Eestimaa_Kommunistliku_Partei_Keskkomitee, lk 76
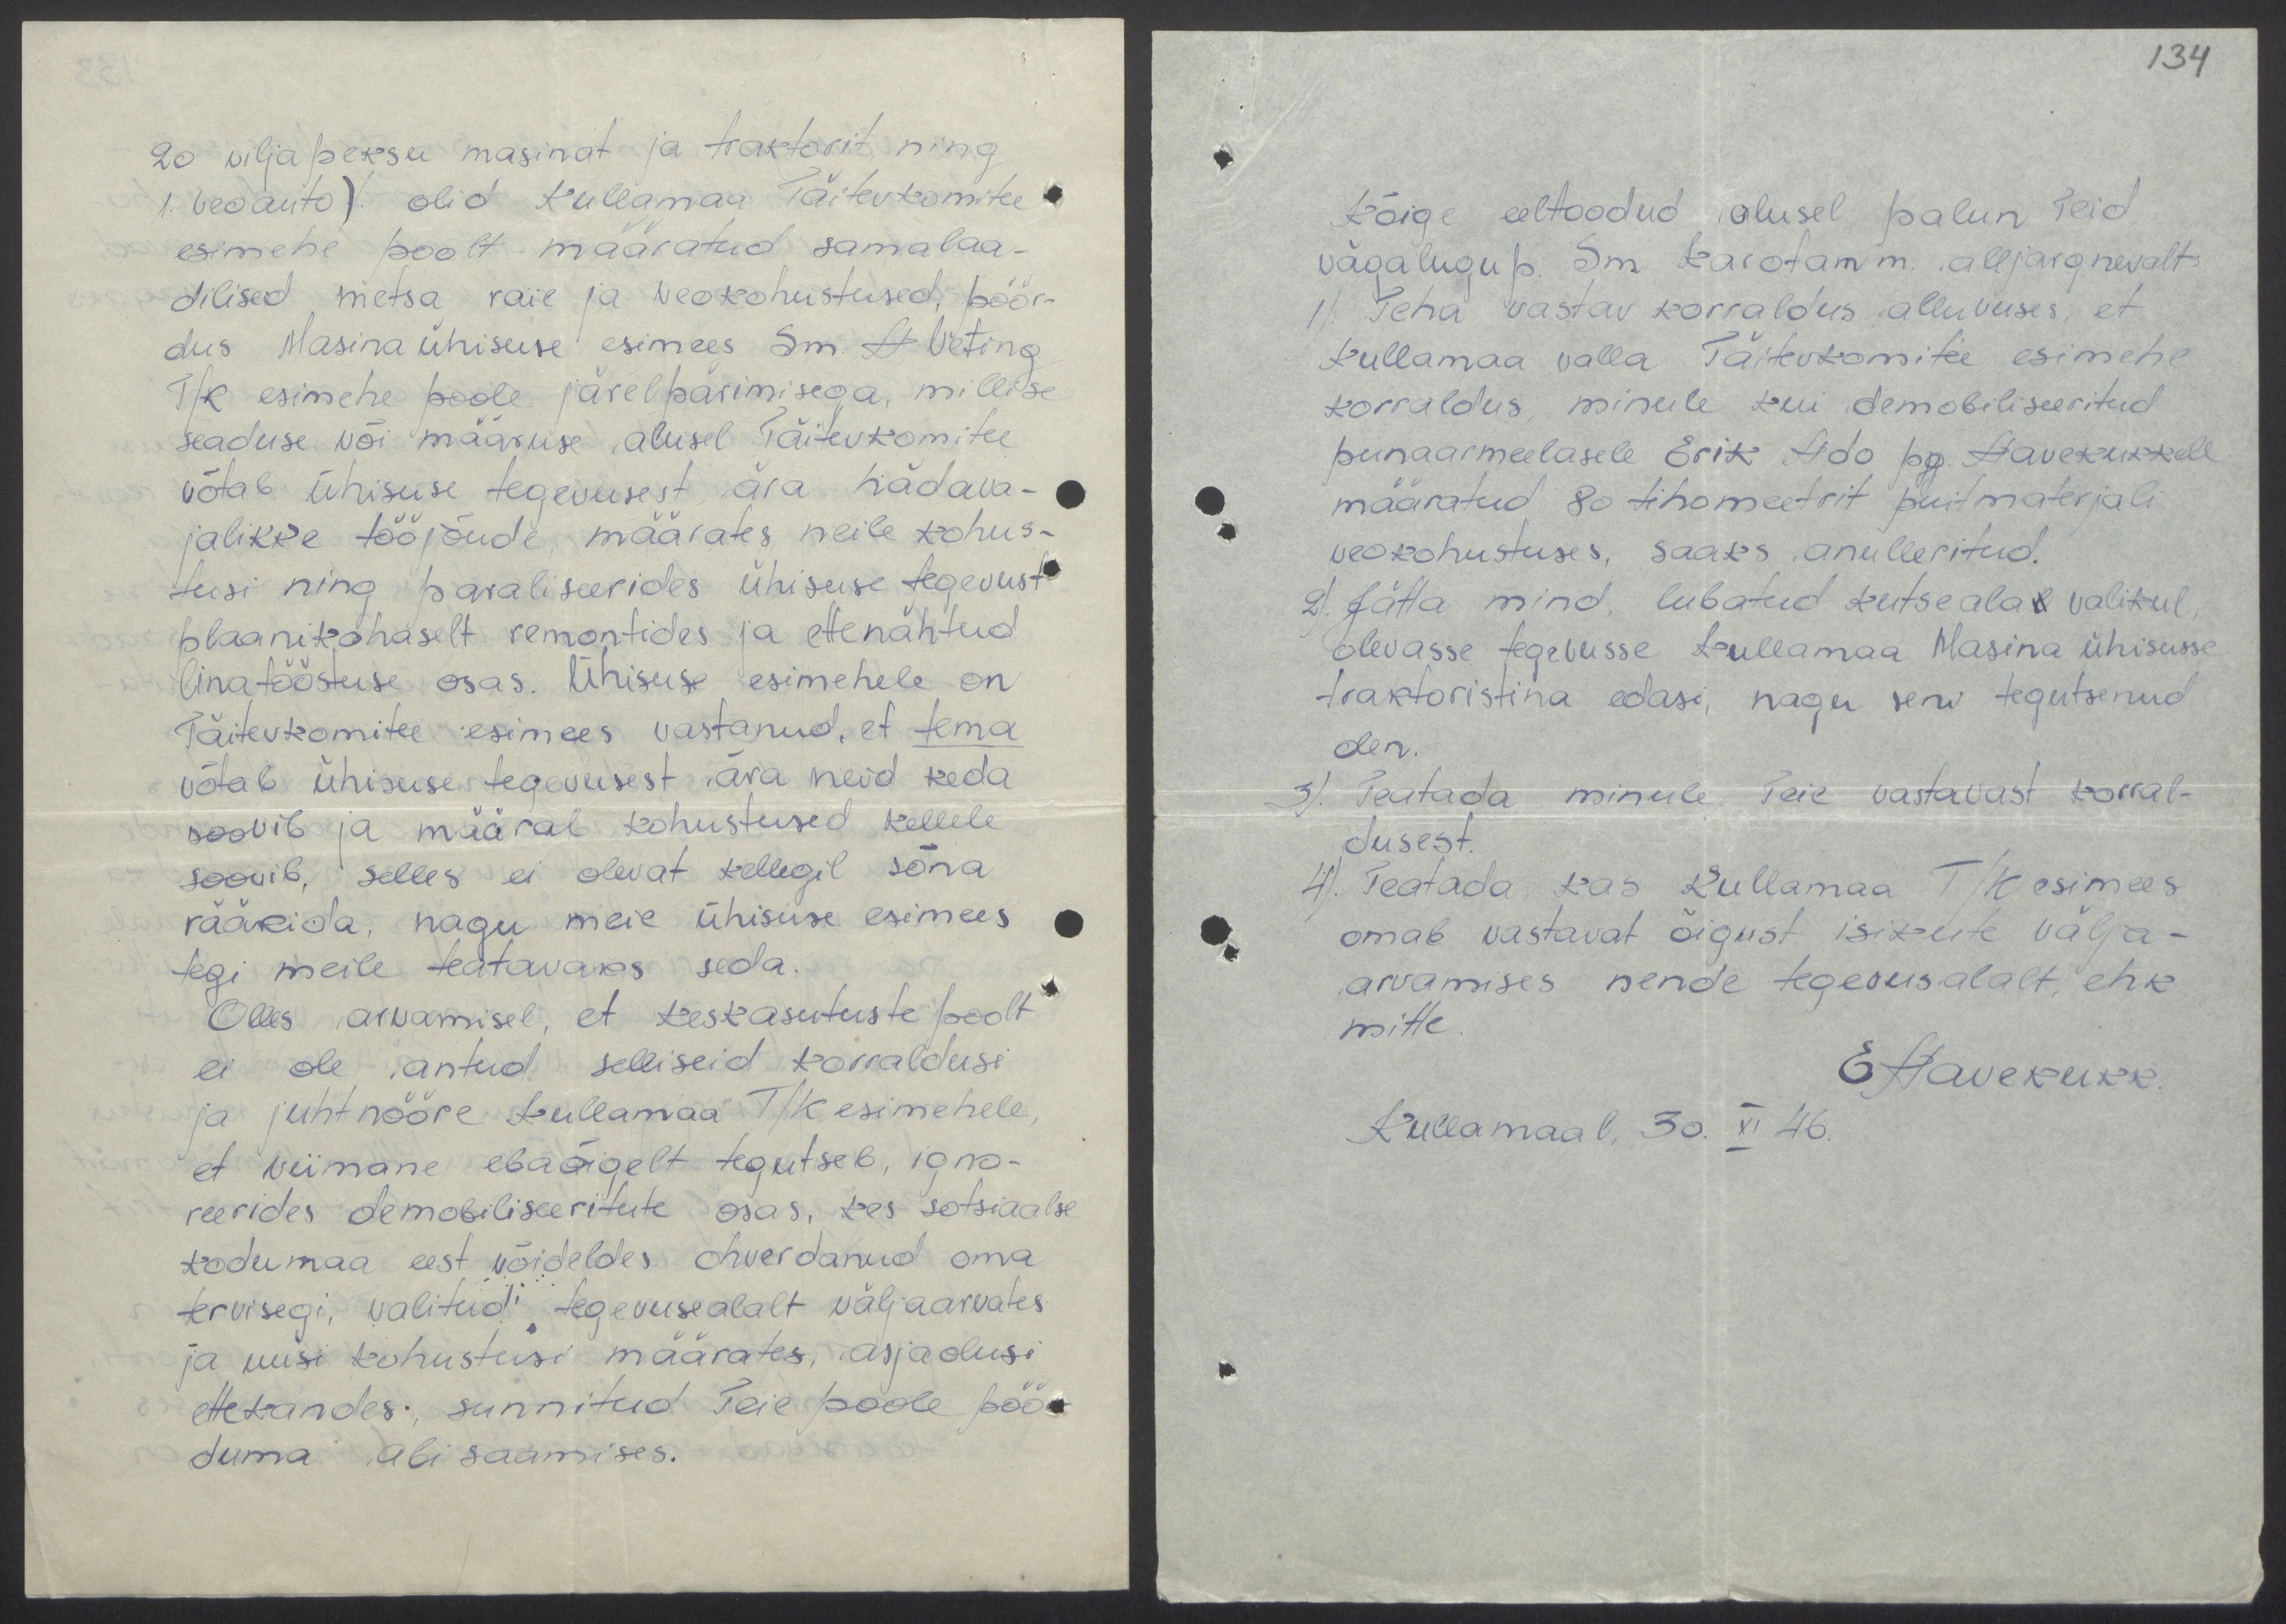
134

20 viljapeksu masinat ja traktorit ning
1. veoauto) olid Kullamaa Täitevkomitee
esimehe poolt määratud samalaa-
dilised metsa raie ja veokohustused, pöör-
dus Masina ühisuse esimees Sm. H Veting
T/k esimehe poole järelpärimisega, millise
seaduse või määruse alusel Täitevkomitee
võtab ühisuse tegevusest ära hädava-
jalikke tööjõude, määrates neile kohus-
tusi ning paraliseerides ühisuse tegevust
plaanikohaselt remontides ja ettenähtud
linatööstuse osas. Ühisuse esimehele on
Täitevkomitee esimees vastanud, et tema
võtab ühisuse tegevusest ära neid keda
soovib ja määrab kohustused kellele
soovib, selles ei olevat kellegil sõna
rääkida, nagu meie ühisuse esimees
tegi meile teatavaks seda.
Olles arvamisel, et keskasutuste poolt
ei ole antud selliseid korraldusi
ja juhtnööre Kullamaa T/K esimehele,
et viimane ebaõigelt tegutseb, igno-
reerides demobiliseeritute osas, kes sotsiaalse
kodumaa eest võideldes ohverdanud oma
tervisegi, valitud tegevusealalt väljaarvates
ja uusi kohustusi määrates, asjaolusi
ettekandes, sunnitud Teie poole pöör-
tuma abi saamises.

Kõige eeltoodud alusel palun Teid,
vägalugup. Sm Karotamm. alljärgnevalt
1) Teha vastav korraldus alluvuses, et
Kullamaa valla Täitevkomite esimehe
korraldus, minule kui demobiliseeritud
punaameelasele Erik Ado pg. Aavekukkele
määratud 80 tihomeetrit puitmaterjali
veokohustuses, saaks anulleritud.
2). Jätta mind, lubatud kutsealal valikul
olevasse tegevusse Kullamaa Masina Ühisusse
traktoristina edasi, nagu seni tegutsenud
olen.
3). Teatada minule Teie vastavast korral-
dusest.
4). Teatada, kas Kullamaa T/K esimees
omab vastavat õigust isikute välja-
arvamises nende tegevusalalt, ehk
mitte
EAavekukk.
Kullamaal, 30. XI 46.